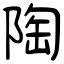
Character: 陶